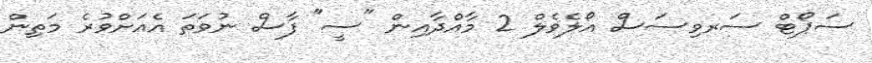
ސަޕޯޓް ސަރވިސަސް އޯލެވެލް 2 މާއްދާއިން "ސީ" ފާސް ނުވަތަ އެއަށްވުރެ މަތިން